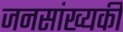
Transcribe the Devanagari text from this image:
जनसांख्यकी